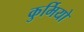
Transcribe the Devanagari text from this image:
कुर्मियो